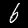
Label: 6